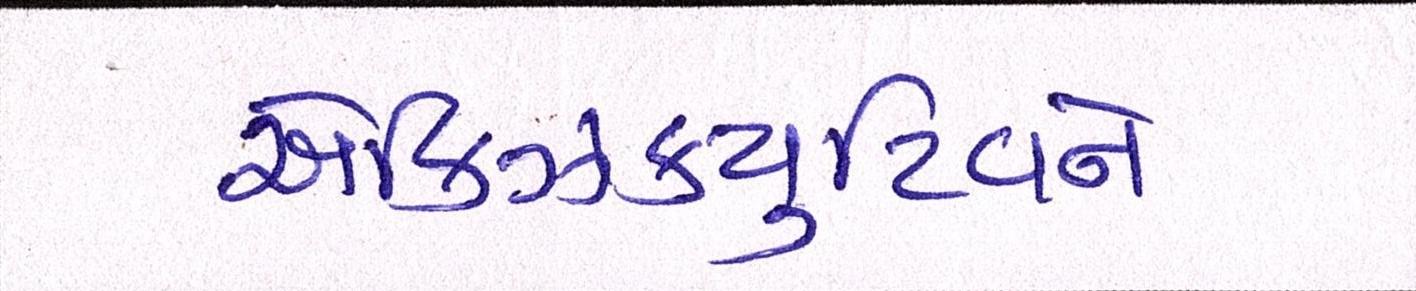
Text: એક્ઝિક્યુટિવને